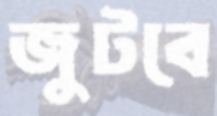
জুটবে